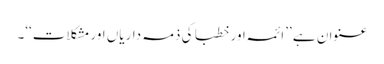
عنوان ہے ’’ائمہ اور خطبا کی ذمہ داریاں اور مشکلات‘‘۔